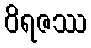
ဝိရဇဿ